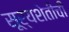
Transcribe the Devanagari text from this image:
सूर्यशेतीची